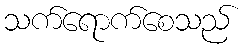
သက်ရောက်စေသည်